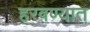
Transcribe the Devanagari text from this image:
हरवण्यात